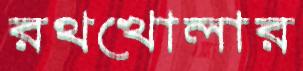
রথখোলার